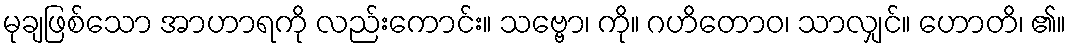
မုချဖြစ်သော အာဟာရကို လည်းကောင်း။ သဗ္ဗော၊ ကို။ ဂဟိတောဝ၊ သာလျှင်။ ဟောတိ၊ ၏။